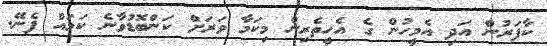
ކާފަރުން އަދި އެމީހުން ގެ އެހީތެރިން މިކަމާ ވަރަށް ކަންބޮޑުވާނެ ކަމައް ފެނޭ.